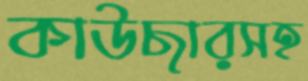
কাউছারসহ